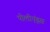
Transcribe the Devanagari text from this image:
पोलीएंड्रस